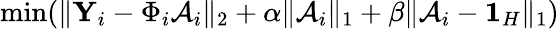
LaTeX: \operatorname*{min}(\| \mathbf{Y}_{i}-\Phi_{i}\mathcal{A}_{i}\| _{2}+\alpha\| \mathcal{A}_{i}\| _{1}+\beta\| \mathcal{A}_{i}-\mathbf{1}_{H}\| _{1})